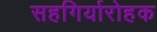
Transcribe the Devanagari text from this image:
सहगिर्यारोहक